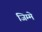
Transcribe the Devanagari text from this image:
जिम्‍मे